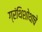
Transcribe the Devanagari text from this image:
ग्रंथिशोथाचे